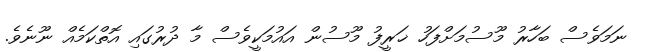
ނަމަވެސް ބަހާރު މޫސުމަށްފަހު ޚަރީފު މޫސުން އައުމަކީވެސް މާ ދުރުގައި އޮތްކަމެއް ނޫނެވެ.